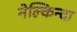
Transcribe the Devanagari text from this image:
नेल्किन्दा